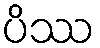
ပိဿ